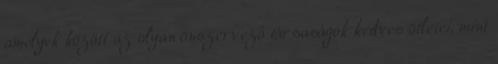
amelyek között az olyan önszervező társaságok kedves ötletei, mint